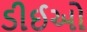
ડીઈઓ